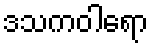
ဒသကဝါရော